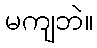
မကျဘဲ။